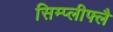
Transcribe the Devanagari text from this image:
सिम्प्लीफ्लै